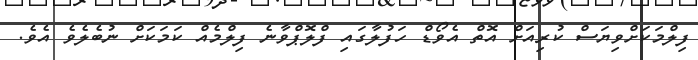
ފިލްމަކަށްވިޔަސް ކުރިއަށް އޮތް އެވޯޑް ހަފުލާގައި ފްލޮޕްވާނެ ފިލްމެއް ކަމަކަށް ނުބެލެވެ އެވެ.